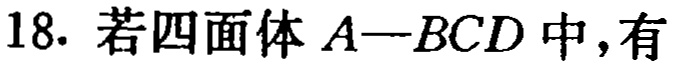
18. 若四面体\(A - BCD\)中，有